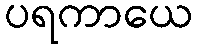
ပရကာယေ